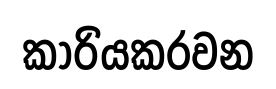
කාරියකරවන